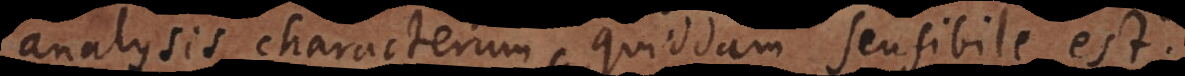
analysis characterum quiddam sensibile est.